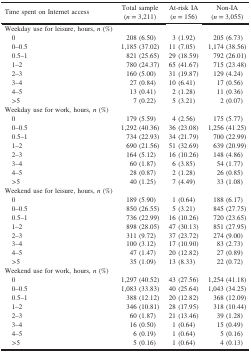
<table><thead><tr><td><b>Time spent on Internet access</b></td><td><b>Total sample(<i>n</i> = 3,211)</b></td><td><b>At-risk IA(<i>n</i> = 156)</b></td><td><b>Non-IA(<i>n</i> = 3,055)</b></td></tr></thead><tbody><tr><td colspan="4">Weekday use for leisure, hours, <i>n</i> (%)</td></tr><tr><td> 0</td><td>208 (6.50)</td><td>3 (1.92)</td><td>205 (6.73)</td></tr><tr><td> 0–0.5</td><td>1,185 (37.02)</td><td>11 (7.05)</td><td>1,174 (38.56)</td></tr><tr><td> 0.5–1</td><td>821 (25.65)</td><td>29 (18.59)</td><td>792 (26.01)</td></tr><tr><td> 1–2</td><td>780 (24.37)</td><td>65 (41.67)</td><td>715 (23.48)</td></tr><tr><td> 2–3</td><td>160 (5.00)</td><td>31 (19.87)</td><td>129 (4.24)</td></tr><tr><td> 3–4</td><td>27 (0.84)</td><td>10 (6.41)</td><td>17 (0.56)</td></tr><tr><td> 4–5</td><td>13 (0.41)</td><td>2 (1.28)</td><td>11 (0.36)</td></tr><tr><td> &gt;5</td><td>7 (0.22)</td><td>5 (3.21)</td><td>2 (0.07)</td></tr><tr><td colspan="4">Weekday use for work, hours, <i>n</i> (%)</td></tr><tr><td> 0</td><td>179 (5.59)</td><td>4 (2.56)</td><td>175 (5.77)</td></tr><tr><td> 0–0.5</td><td>1,292 (40.36)</td><td>36 (23.08)</td><td>1,256 (41.25)</td></tr><tr><td> 0.5–1</td><td>734 (22.93)</td><td>34 (21.79)</td><td>700 (22.99)</td></tr><tr><td> 1–2</td><td>690 (21.56)</td><td>51 (32.69)</td><td>639 (20.99)</td></tr><tr><td> 2–3</td><td>164 (5.12)</td><td>16 (10.26)</td><td>148 (4.86)</td></tr><tr><td> 3–4</td><td>60 (1.87)</td><td>6 (3.85)</td><td>54 (1.77)</td></tr><tr><td> 4–5</td><td>28 (0.87)</td><td>2 (1.28)</td><td>26 (0.85)</td></tr><tr><td> &gt;5</td><td>40 (1.25)</td><td>7 (4.49)</td><td>33 (1.08)</td></tr><tr><td colspan="4">Weekend use for leisure, hours, <i>n</i> (%)</td></tr><tr><td> 0</td><td>189 (5.90)</td><td>1 (0.64)</td><td>188 (6.17)</td></tr><tr><td> 0–0.5</td><td>850 (26.55)</td><td>5 (3.21)</td><td>845 (27.75)</td></tr><tr><td> 0.5–1</td><td>736 (22.99)</td><td>16 (10.26)</td><td>720 (23.65)</td></tr><tr><td> 1–2</td><td>898 (28.05)</td><td>47 (30.13)</td><td>851 (27.95)</td></tr><tr><td> 2–3</td><td>311 (9.72)</td><td>37 (23.72)</td><td>274 (9.00)</td></tr><tr><td> 3–4</td><td>100 (3.12)</td><td>17 (10.90)</td><td>83 (2.73)</td></tr><tr><td> 4–5</td><td>47 (1.47)</td><td>20 (12.82)</td><td>27 (0.89)</td></tr><tr><td> &gt;5</td><td>35 (1.09)</td><td>13 (8.33)</td><td>22 (0.72)</td></tr><tr><td colspan="4">Weekend use for work, hours, <i>n</i> (%)</td></tr><tr><td> 0</td><td>1,297 (40.52)</td><td>43 (27.56)</td><td>1,254 (41.18)</td></tr><tr><td> 0–0.5</td><td>1,083 (33.83)</td><td>40 (25.64)</td><td>1,043 (34.25)</td></tr><tr><td> 0.5–1</td><td>388 (12.12)</td><td>20 (12.82)</td><td>368 (12.09)</td></tr><tr><td> 1–2</td><td>346 (10.81)</td><td>28 (17.95)</td><td>318 (10.44)</td></tr><tr><td> 2–3</td><td>60 (1.87)</td><td>21 (13.46)</td><td>39 (1.28)</td></tr><tr><td> 3–4</td><td>16 (0.50)</td><td>1 (0.64)</td><td>15 (0.49)</td></tr><tr><td> 4–5</td><td>6 (0.19)</td><td>1 (0.64)</td><td>5 (0.16)</td></tr><tr><td> &gt;5</td><td>5 (0.16)</td><td>1 (0.64)</td><td>4 (0.13)</td></tr></tbody></table>